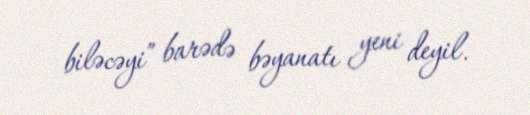
biləcəyi” barədə bəyanatı yeni deyil.